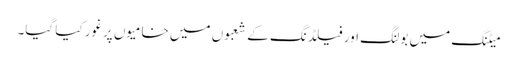
میٹنگ میں بولنگ اور فیلڈنگ کے شعبوں میں خامیوں پرغور کیا گیا۔